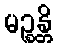
မဉ္စန္တိ